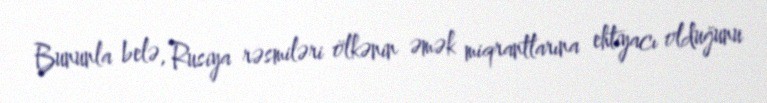
Bununla belə, Rusiya rəsmiləri ölkənin əmək miqrantlarına ehtiyacı olduğunu